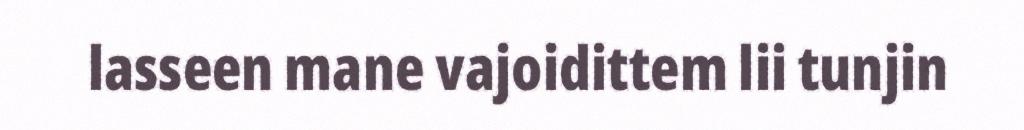
lasseen mane vajoidittem lii tunjin